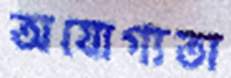
অযোগ্যতা